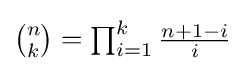
{\textstyle {\binom {n}{k}}=\prod _{i=1}^{k}{\frac {n+1-i}{i}}}